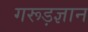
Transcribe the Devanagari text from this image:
गरूड़ज्ञान